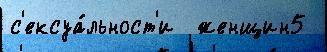
с'ексуа́льност'и  женщин5